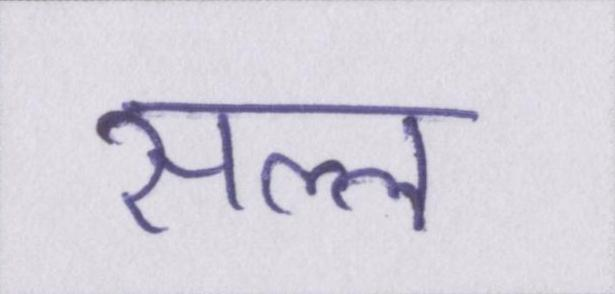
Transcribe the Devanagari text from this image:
सल्ल